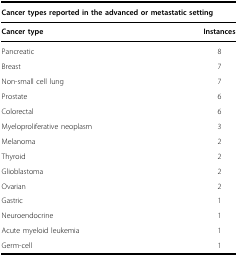
| <COLSPAN=2> Cancer types reported in the advanced or metastatic setting |
 | Cancer type | Instances |
 | --- | --- |
 | Pancreatic | 8 |
 | Breast | 7 |
 | Non-small cell lung | 7 |
 | Prostate | 6 |
 | Colorectal | 6 |
 | Myeloproliferative neoplasm | 3 |
 | Melanoma | 2 |
 | Thyroid | 2 |
 | Glioblastoma | 2 |
 | Ovarian | 2 |
 | Gastric | 1 |
 | Neuroendocrine | 1 |
 | Acute myeloid leukemia | 1 |
 | Germ-cell | 1 |